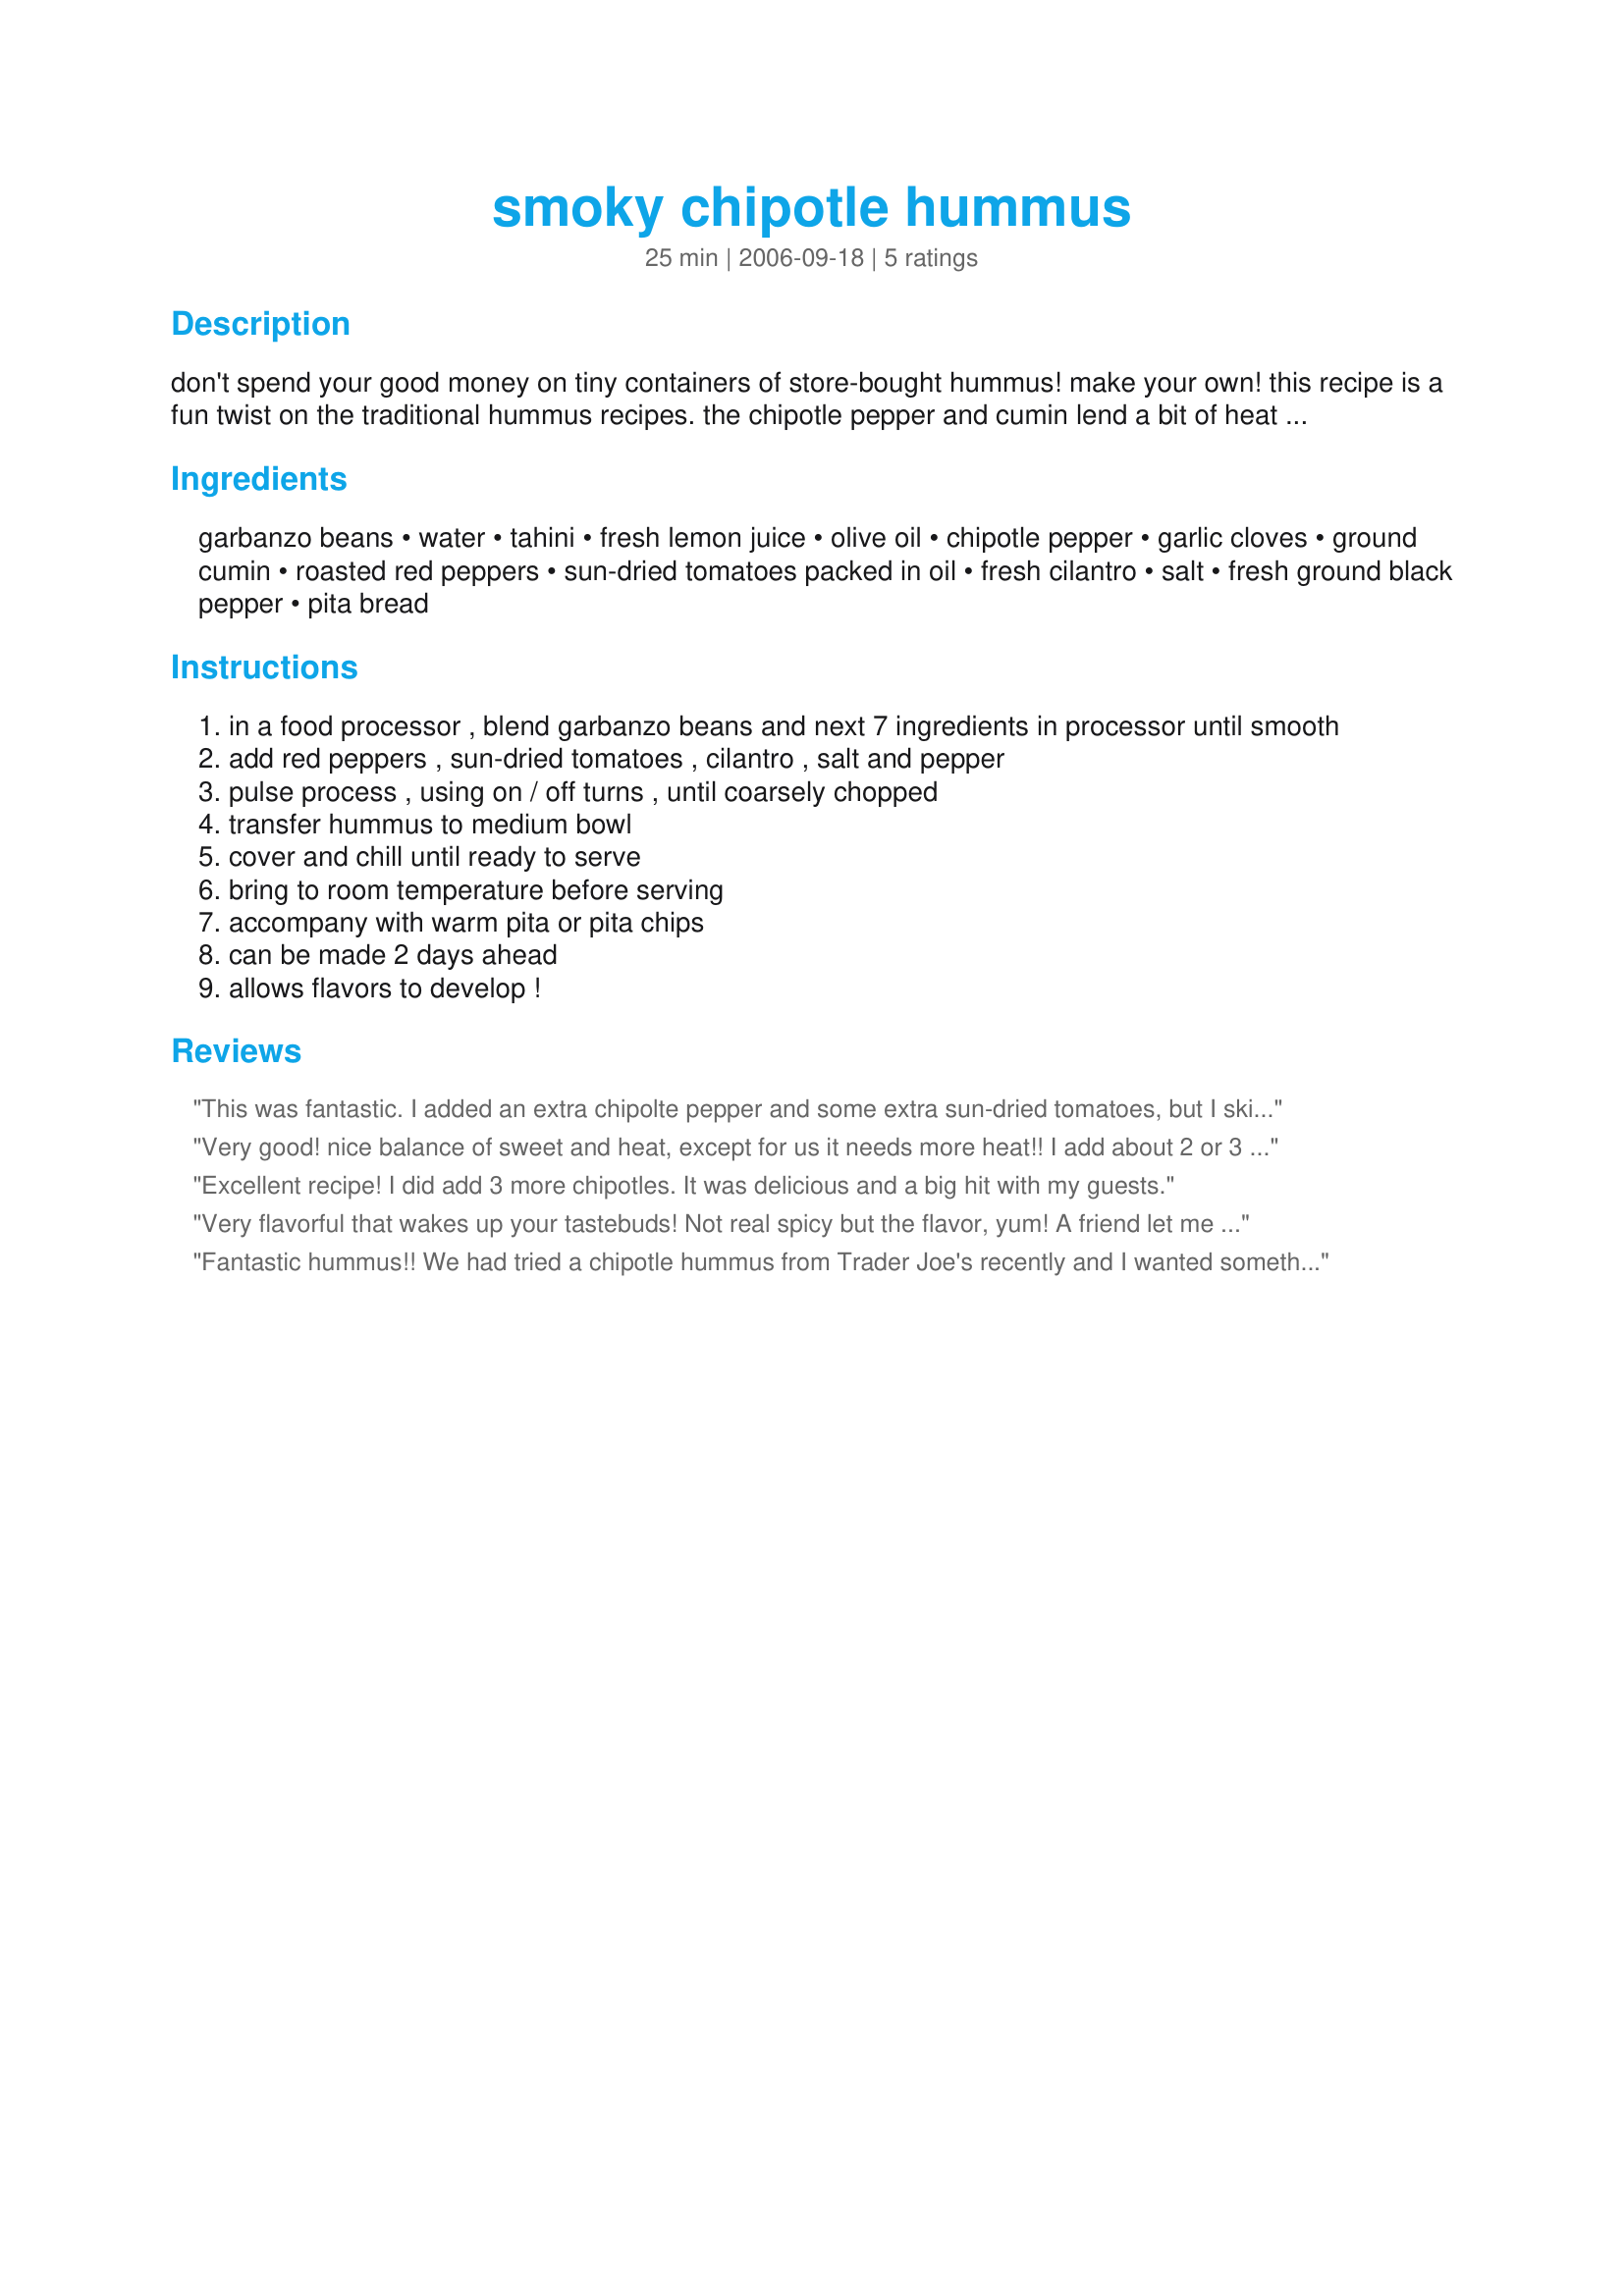
smoky chipotle hummus
Preparation time: 25 minutes

don't spend your good money on tiny containers of store-bought hummus! make your own! this recipe is a fun twist on the traditional hummus recipes. the chipotle pepper and cumin lend a bit of heat and smokiness, while the cilantro brightens it up. perfect for entertaining a crowd!

Ingredients:
garbanzo beans, water, tahini, fresh lemon juice, olive oil, chipotle pepper, garlic cloves, ground cumin, roasted red peppers, sun-dried tomatoes packed in oil, fresh cilantro, salt, fresh ground black pepper, pita bread

Steps:
in a food processor , blend garbanzo beans and next 7 ingredients in processor until smooth
add red peppers , sun-dried tomatoes , cilantro , salt and pepper
pulse process , using on / off turns , until coarsely chopped
transfer hummus to medium bowl
cover and chill until ready to serve
bring to room temperature before serving
accompany with warm pita or pita chips
can be made 2 days ahead
allows flavors to develop !

Reviews:
This was fantastic. I added an extra chipolte pepper and some extra sun-dried tomatoes, but I skipped the cumin as I do not like it. This is filled with flavour and so easy to make. My 13 year old came home from school and ate half of it right away. I served it with homemade pita bread. Thanks for such a flavour packed recipe.
Very good! nice balance of sweet and heat, except for us it needs more heat!! I add about 2 or 3 more chipotles to mine. YUM!
Excellent recipe! I did add 3 more chipotles. It was delicious and a big hit with my guests.
Very flavorful that wakes up your tastebuds! Not real spicy but the flavor, yum! A friend let me try some that she had bought at the store for about $2 for a small container and it tasted pretty good but this recipe tasted even better! It beats the $2 little container!
Fantastic hummus!! We had tried a chipotle hummus from Trader Joe's recently and I wanted something as good as that one. I'm happy to say I found it on the first try! I looked high and low for tahini, and after not finding it anywhere, I turned to trusty ol' zaar and found a homemade recipe..."Homemade Tahini #73859". I made that in my processor first, took out all but 1/4 cup then finished making the hummus. I was a little skeptical with all the ingredients in this...red peppers, chipotle, and sun dried tomatoes together in one dish?? But it came out delicious and flavorful, with just the right amount of smokey goodness. Served with warm pita bread, mmmmmmmmm...
